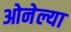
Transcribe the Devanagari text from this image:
ओनेल्या